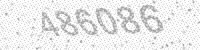
Solution: 486086